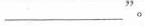
___‘’。